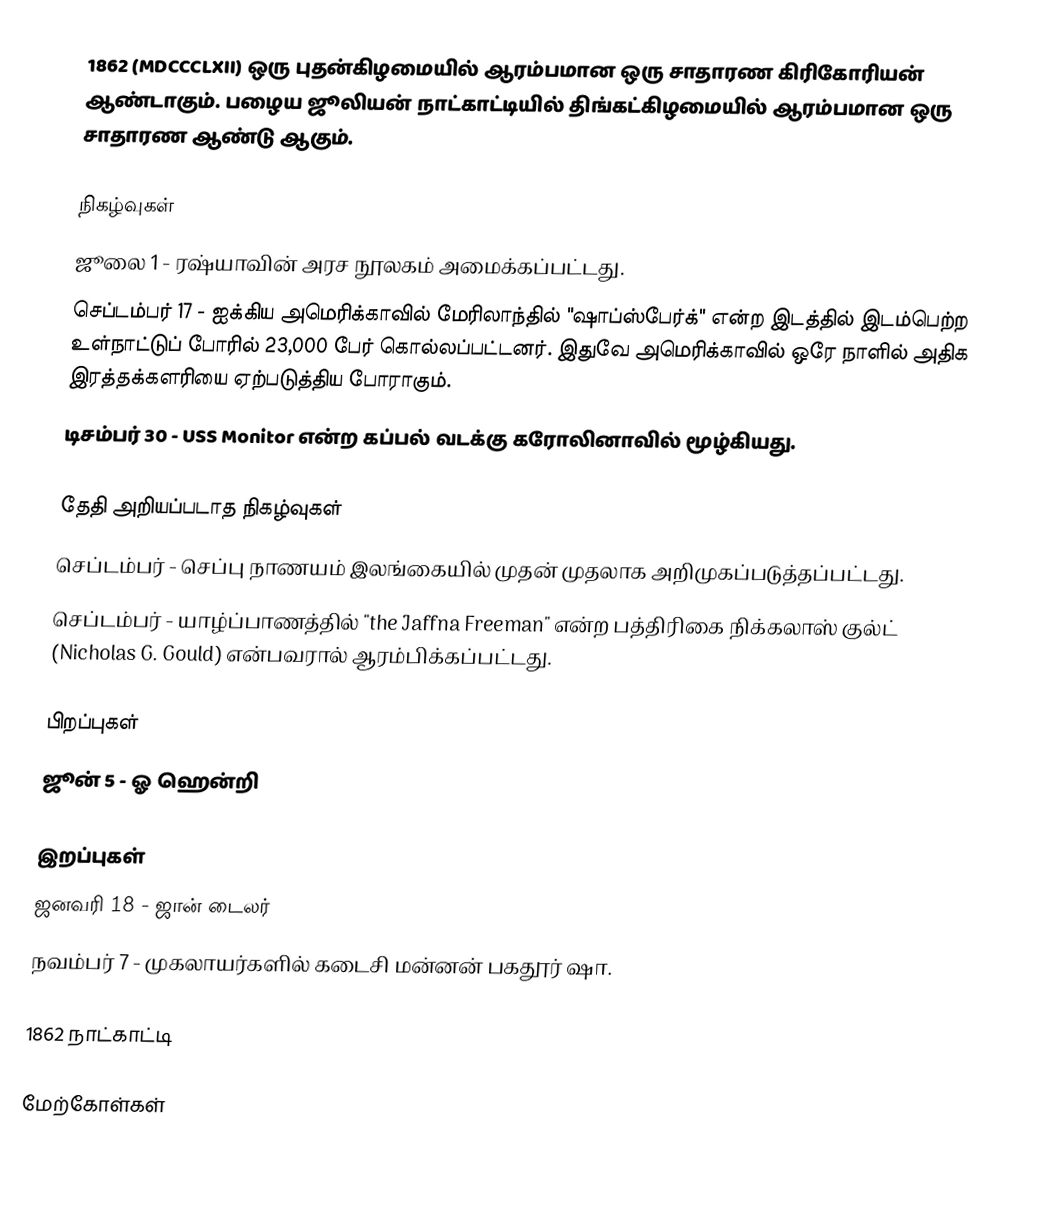
1862  (MDCCCLXII) ஒரு புதன்கிழமையில் ஆரம்பமான ஒரு சாதாரண கிரிகோரியன் ஆண்டாகும். பழைய ஜூலியன் நாட்காட்டியில் திங்கட்கிழமையில் ஆரம்பமான ஒரு சாதாரண ஆண்டு ஆகும்.

நிகழ்வுகள்
 ஜூலை 1 - ரஷ்யாவின் அரச நூலகம் அமைக்கப்பட்டது.
 செப்டம்பர் 17 - ஐக்கிய அமெரிக்காவில் மேரிலாந்தில் "ஷாப்ஸ்பேர்க்" என்ற இடத்தில் இடம்பெற்ற உள்நாட்டுப் போரில் 23,000 பேர் கொல்லப்பட்டனர். இதுவே அமெரிக்காவில் ஒரே நாளில் அதிக இரத்தக்களரியை ஏற்படுத்திய போராகும்.
 டிசம்பர் 30 - USS Monitor என்ற கப்பல் வடக்கு கரோலினாவில் மூழ்கியது.

தேதி அறியப்படாத நிகழ்வுகள்
 செப்டம்பர் - செப்பு நாணயம் இலங்கையில் முதன் முதலாக அறிமுகப்படுத்தப்பட்டது.
 செப்டம்பர் - யாழ்ப்பாணத்தில் "the Jaffna Freeman" என்ற பத்திரிகை நிக்கலாஸ் குல்ட் (Nicholas G. Gould) என்பவரால் ஆரம்பிக்கப்பட்டது.

பிறப்புகள்
 ஜூன் 5 - ஓ ஹென்றி

இறப்புகள்
 ஜனவரி 18 - ஜான் டைலர்
 நவம்பர் 7 - முகலாயர்களில் கடைசி மன்னன் பகதூர் ஷா.

1862 நாட்காட்டி

மேற்கோள்கள்